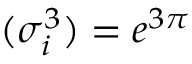
( \sigma _ { i } ^ { 3 } ) = e ^ { 3 \pi }